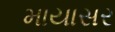
માયાસર